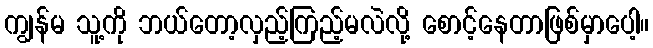
ကျွန်မ သူ့ကို ဘယ်တော့လှည့်ကြည့်မလဲလို့ စောင့်နေတာဖြစ်မှာပေါ့။